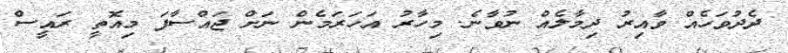
ދެދުވަހެއް ވާއިރު ދިމާލެއް ނުވާނެ. މިހާރު އަހަރަމެން ނަށް ޖައްސާފަ މިއޮތީ ރައީސް